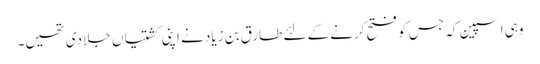
وہی اسپین کہ جس کو فتح کرنے کے لئے طارق بن زیاد نے اپنی کشتیاں جلا دی تھیں۔